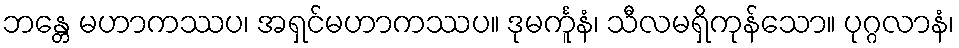
ဘန္တေ မဟာကဿပ၊ အရှင်မဟာကဿပ။ ဒုမင်္ကူနံ၊ သီလမရှိကုန်သော။ ပုဂ္ဂလာနံ၊